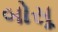
બોસૂ